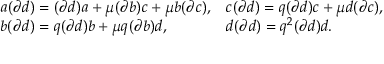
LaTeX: \begin{array} { l l } { { a ( \partial d ) = ( \partial d ) a + \mu ( \partial b ) c + \mu b ( \partial c ) , } } & { { c ( \partial d ) = q ( \partial d ) c + \mu d ( \partial c ) , } } \\ { { b ( \partial d ) = q ( \partial d ) b + \mu q ( \partial b ) d , } } & { { d ( \partial d ) = q ^ { 2 } ( \partial d ) d . } } \end{array}